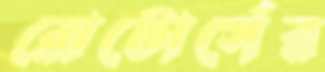
রোটোর্সের